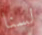
لسنا